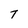
Character: T